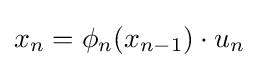
x_{n}=\phi _{n}(x_{n-1})\cdot u_{n}